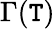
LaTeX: \Gamma(\mathtt{T})